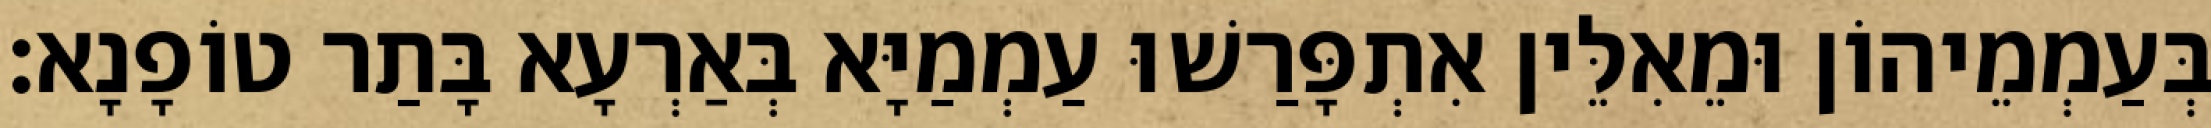
בְּעַמְמֵיהוֹן וּמֵאִלֵּין אִתְפָּרַשׁוּ עַמְמַיָּא בְּאַרְעָא בָּתַר טוֹפָנָא׃